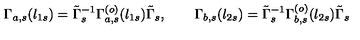
\Gamma _ { a , s } ( l _ { 1 s } ) = \tilde { \Gamma } _ { s } ^ { - 1 } \Gamma _ { a , s } ^ { ( o ) } ( l _ { 1 s } ) \tilde { \Gamma } _ { s } , \qquad \Gamma _ { b , s } ( l _ { 2 s } ) = \tilde { \Gamma } _ { s } ^ { - 1 } \Gamma _ { b , s } ^ { ( o ) } ( l _ { 2 s } ) \tilde { \Gamma } _ { s }